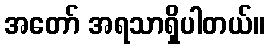
အတော် အရသာရှိပါတယ်။